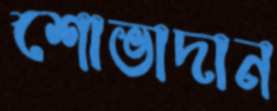
শোভাদান